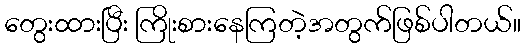
တွေးထားပြီး ကြိုးစားနေကြတဲ့အတွက်ဖြစ်ပါတယ်။